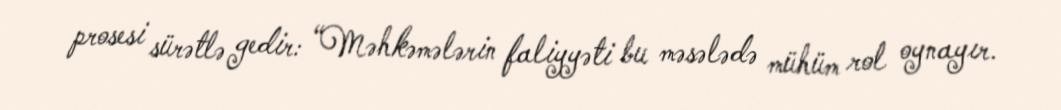
prosesi sürətlə gedir: “Məhkəmələrin faliyyəti bu məsələdə mühüm rol oynayır.